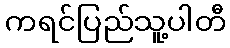
ကရင်ပြည်သူ့ပါတီ